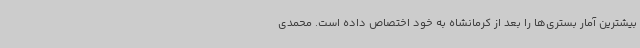
بیشترین آمار بستری‌ها را بعد از کرمانشاه به خود اختصاص داده است. محمدی